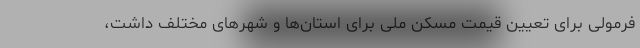
فرمولی برای تعیین قیمت مسکن ملی برای استان‌ها و شهرهای مختلف داشت،